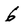
Character: 6